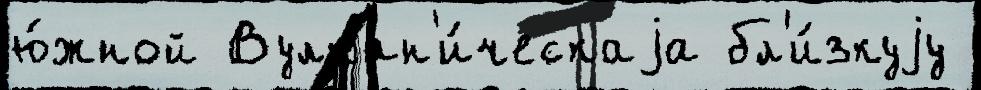
ю́жной Вулкан'и́ческаjа бл'и́зкуjу